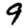
Digit: 9